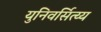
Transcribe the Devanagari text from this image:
युनिवर्सित्य्य